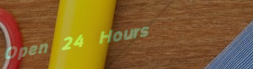
Open 24 Hours